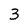
Character: 3